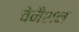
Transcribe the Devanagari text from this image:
वेनैशन